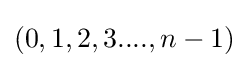
(0,1,2,3....,n-1)